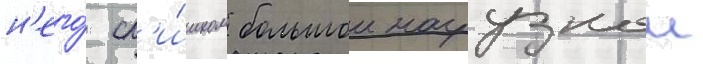
н'его́ сл'и́шком большои нагрузкои